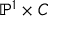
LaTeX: \mathbb { P } ^ { 1 } \times C